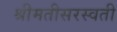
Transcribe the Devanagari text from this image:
श्रीमतीसरस्‍वती